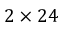
2 \times 2 4